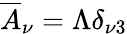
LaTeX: \overline{{{A}}}_{\nu}=\Lambda\delta_{\nu 3}